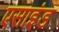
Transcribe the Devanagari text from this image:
एसाइंड